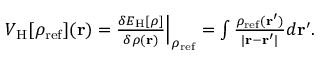
\begin{array} { r } { V _ { \mathrm { H } } [ \rho _ { \mathrm { r e f } } ] ( { \bf r } ) = \frac { \delta E _ { \mathrm { H } } [ \rho ] } { \delta \rho ( { \bf r } ) } \Big \vert _ { \rho _ { \mathrm { r e f } } } = \int \frac { \rho _ { \mathrm { r e f } } ( { \bf r ^ { \prime } } ) } { \vert { \bf r - r ^ { \prime } } \vert } d { \bf r ^ { \prime } } . } \end{array}